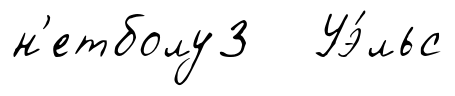
н'етболу3 Уэ́льс